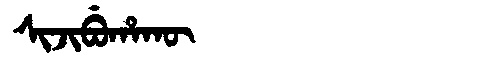
Manchu: ᠰᡳᠵᡳᠪᡠᡥᠠᡴᡡ
Romanization: SIJIBUHAKŪ